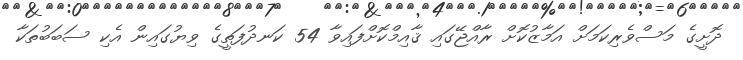
ދޮށީގެ މަސްވެރިކަމަށް އަމާޒުކޮށް ރާއްޖޭގައި ޤާއިމްކޮށްފައިވާ 54 ކަނދުފަތީގެ ވިޔުގައިން އެކި ސަބަބުތަކާ